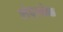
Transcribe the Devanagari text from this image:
शेद्लोक्क